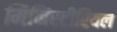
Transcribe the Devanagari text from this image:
मिनिस्टीरियल